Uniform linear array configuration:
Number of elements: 16
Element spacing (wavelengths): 0.75
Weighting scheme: hann
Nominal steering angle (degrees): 60
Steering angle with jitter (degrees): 60.816
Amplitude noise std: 0.05
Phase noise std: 0.05

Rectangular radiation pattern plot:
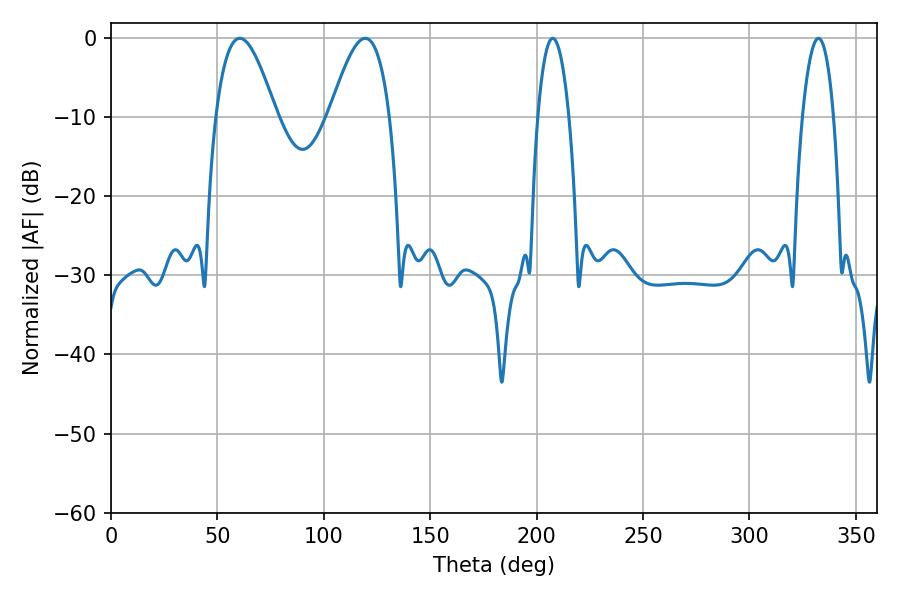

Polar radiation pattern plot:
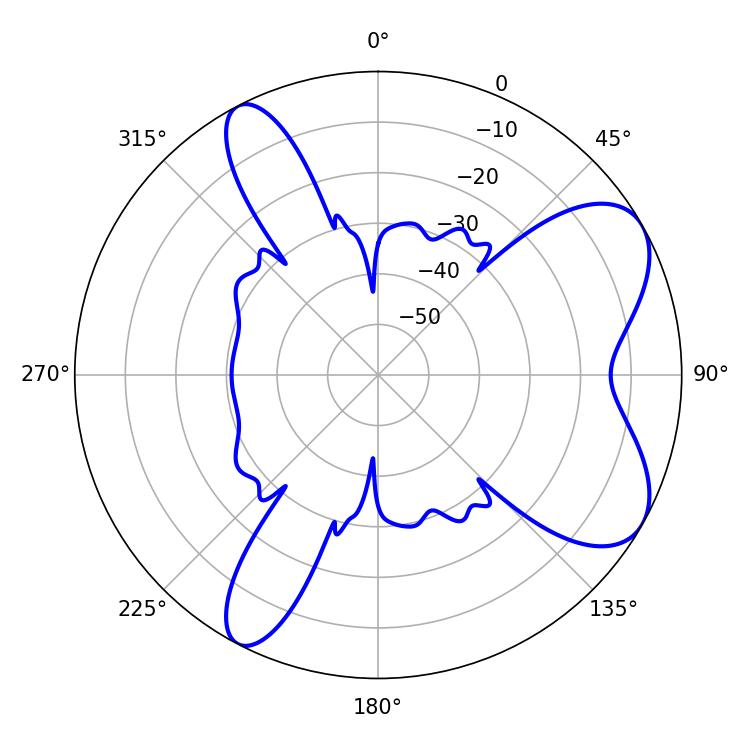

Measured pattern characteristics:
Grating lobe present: TRUE
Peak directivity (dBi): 7.167
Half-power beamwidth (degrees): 15.3
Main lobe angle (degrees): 60.48